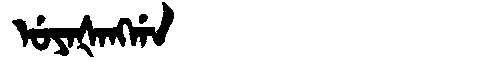
Manchu: ᡠᠶᠠᡧᠠᠩᡤᠠ
Romanization: UYAŠANGGA